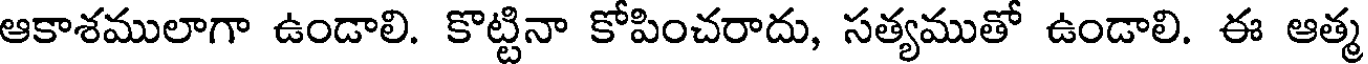
ఆకాశములాగా ఉండాలి. కొట్టినా కోపించరాదు, సత్యముతో ఉండాలి. ఈ ఆత్మ